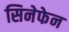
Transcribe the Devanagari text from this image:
सिनेफेन